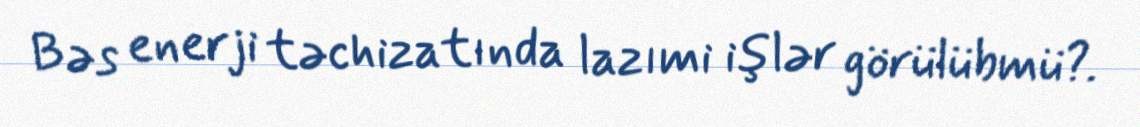
Bəs enerji təchizatında lazımi işlər görülübmü?.